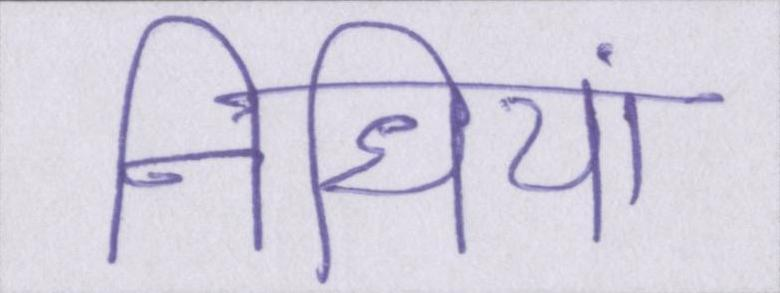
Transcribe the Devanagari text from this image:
निधियां